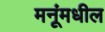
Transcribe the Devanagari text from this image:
मनूंमधील